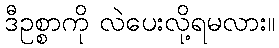
ဒီဥစ္စာကို လဲပေးလို့ရမလား။